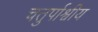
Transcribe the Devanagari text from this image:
चतुर्पाश्वीय